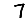
Digit: 7